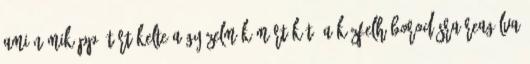
ami némiképp átértékelte a győzelmük mértékét. A közfelháborodásra reagálva